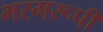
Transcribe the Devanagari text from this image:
भस्मरूपी